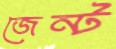
জেন্ট